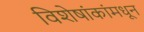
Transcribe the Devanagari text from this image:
विशेषांकांमधून